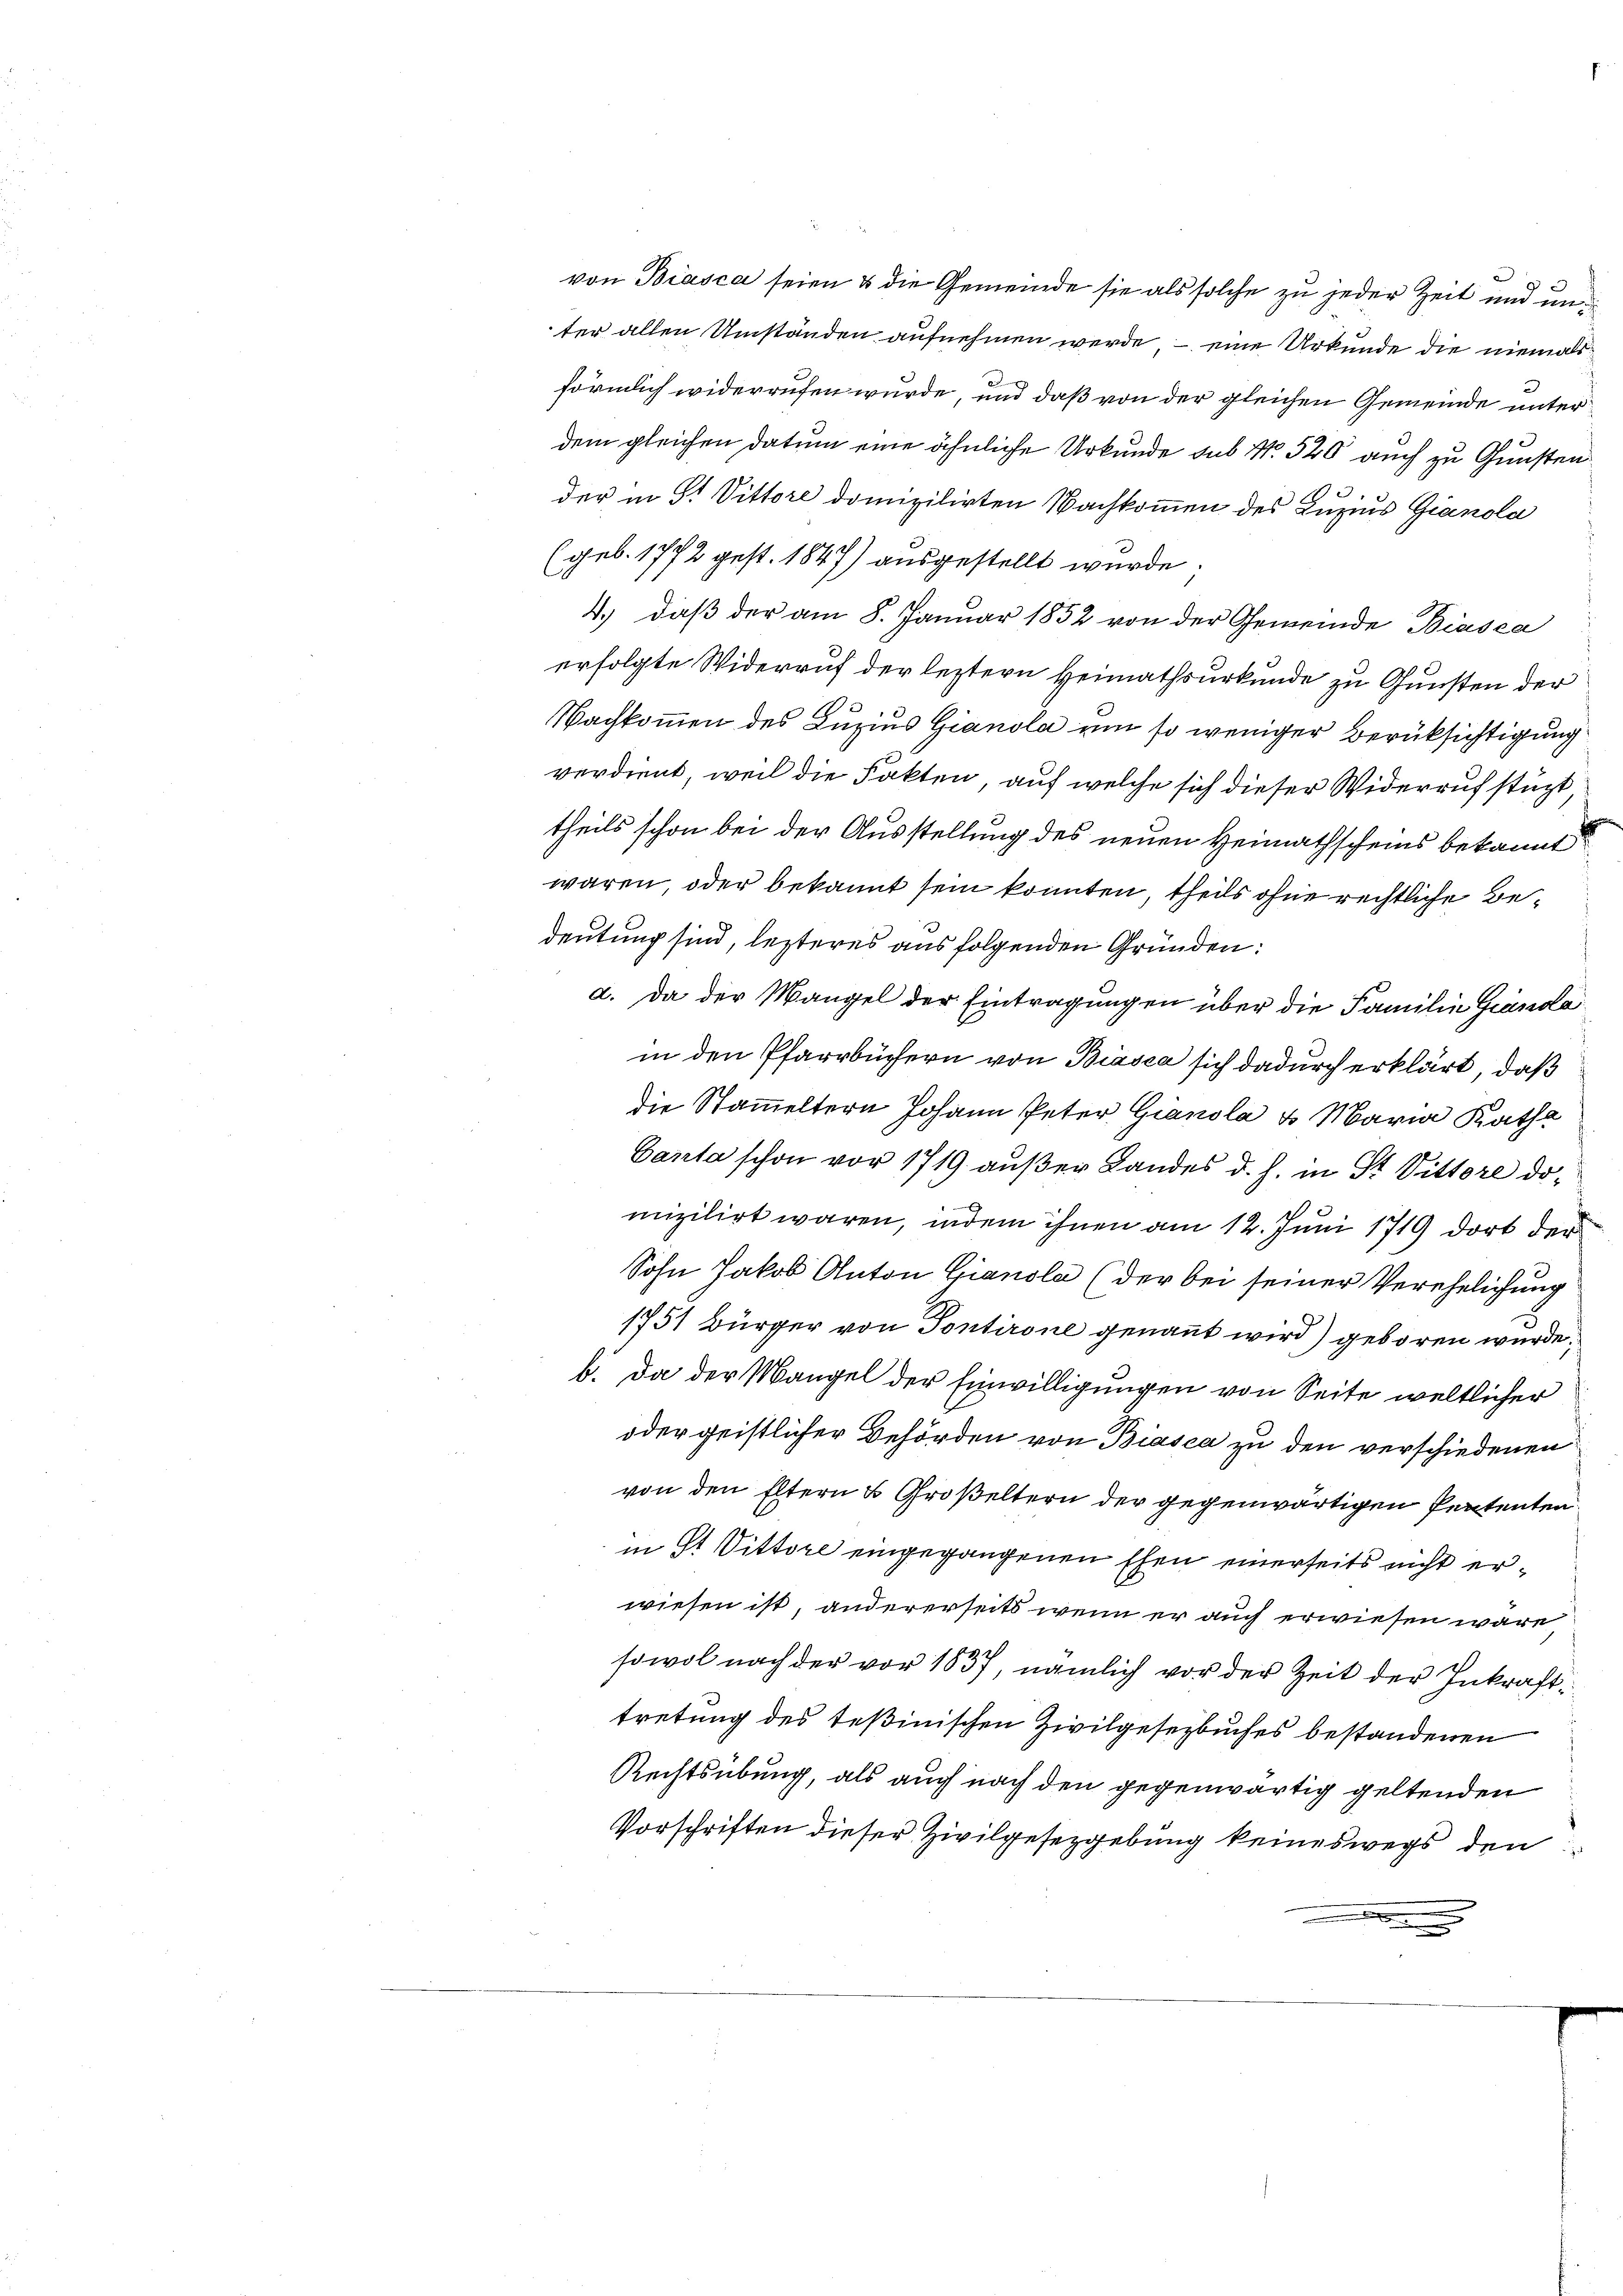
ter allen Umständen aufnehmen werde, – eine Urkunde die niemals
förmlich widerrufen wurde, und daß von der gleichen Gemeinde unter
dem gleichen Datum eine ähnliche Urkunde sub No. 520 auch zu Gunsten
e
der in S. Vittore domizilirten Nachkommen des Luzius Gianola
(geb. 1772 gest. 1847) ausgestellt wurde.
4.) daß der am 8. Januar 1852 von der Gemeinde Biasca
erfolgte Widerruf der leztern Heimathsurkunde zu Gunsten der
Nachkommen des Luzius Gianola um so weniger Berüksichtigung
verdient, weil die Fakten, auf welche sich dieser Widerruf stüzt,
theils schon bei der Ausstellung des neuen Heimathscheins bekannt
waren, oder bekannt sein konnten, theils ohne rechtliche Bedeutung sind, lezteres aus folgenden Gründen:
a. Da der Mangel der Eintragungen über die Familie Granda
in den Pfarrbüchern von Biasca sich dadurch erklärt, daß
die Stammeltern Johann Peter Gianola u Maria Katha
Canta schon vor 1719 außer Landes d. h. in St. Vittore do
mizilirt waren, indem ihnen am 12. Juni 1719 dort der
Sohn Jakob Anton Gianola (der bei seiner Verehelichung
2
1751 Bürger von Pontirone genannt wird) geboren wurde.
b. da der Mangel der Einwilligungen von Seite weltlicher
oder geistlicher Behörden von Biasca zu den verschiedenen
von den Eltern u. Großeltern der gegenwärtigen Pententen
in St. Vittore eingegangenen Ehen einerseits nicht erwiesen ist, andererseits wenn er auch erwiesen wäre
sowol nach der vor 1837, nämlich vor der Zeit der Inkrafttretung des Teßinischen Zivilgesezbuises bestandenen
Rechtsübung, als auch nach den gegenwärtig geltenden
Vorschriften dieser Zivilgesetzgebung keineswegs den

von Biasca seien & die Gemeinde sie als solche zu jeder Zeit und un